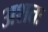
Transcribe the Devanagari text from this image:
अशतः